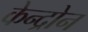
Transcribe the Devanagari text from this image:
केन्द्रोन